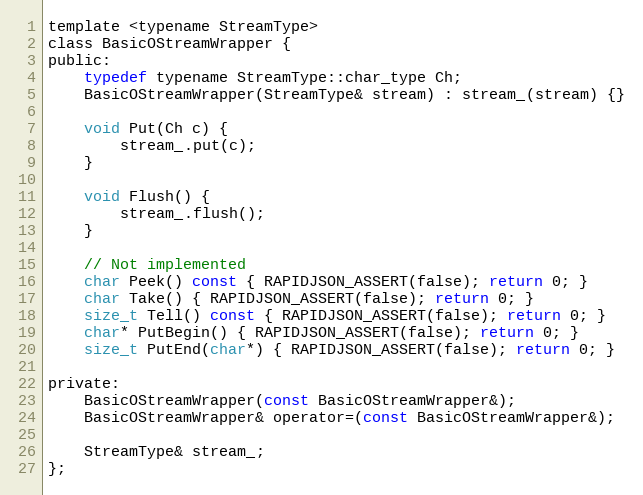
Language: C
template <typename StreamType>
class BasicOStreamWrapper {
public:
    typedef typename StreamType::char_type Ch;
    BasicOStreamWrapper(StreamType& stream) : stream_(stream) {}

    void Put(Ch c) {
        stream_.put(c);
    }

    void Flush() {
        stream_.flush();
    }

    // Not implemented
    char Peek() const { RAPIDJSON_ASSERT(false); return 0; }
    char Take() { RAPIDJSON_ASSERT(false); return 0; }
    size_t Tell() const { RAPIDJSON_ASSERT(false); return 0; }
    char* PutBegin() { RAPIDJSON_ASSERT(false); return 0; }
    size_t PutEnd(char*) { RAPIDJSON_ASSERT(false); return 0; }

private:
    BasicOStreamWrapper(const BasicOStreamWrapper&);
    BasicOStreamWrapper& operator=(const BasicOStreamWrapper&);

    StreamType& stream_;
};